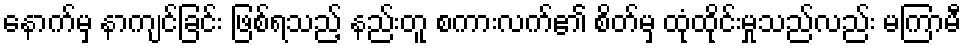
နောက်မှ နာကျင်ခြင်း ဖြစ်ရသည့် နည်းတူ စကားလက်၏ စိတ်မှ ထုံထိုင်းမှုသည်လည်း မကြာမီ